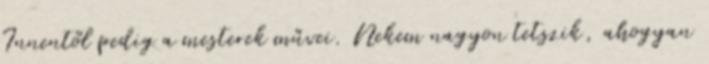
Innentől pedig a mesterek művei. Nekem nagyon tetszik, ahogyan